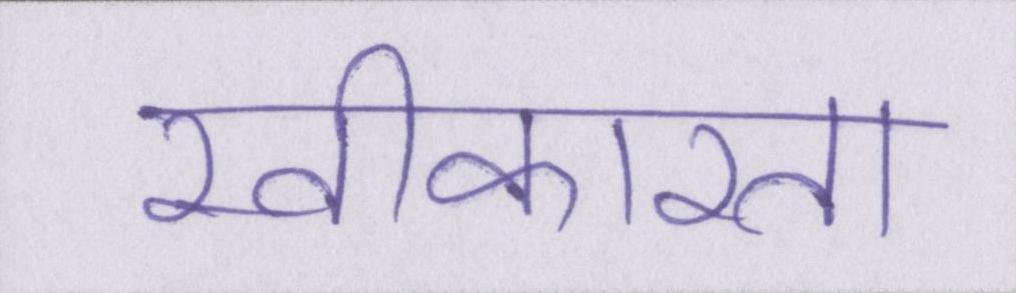
स्वीकारता